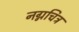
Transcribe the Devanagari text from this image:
नग्नचित्र